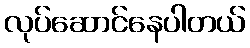
လုပ်ဆောင်နေပါတယ်